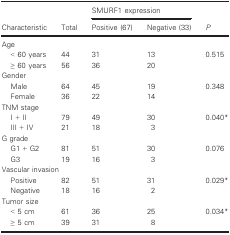
<table><thead><tr><td rowspan="2"><b>Characteristic</b></td><td rowspan="2"><b>Total</b></td><td colspan="2"><b>SMURF1 expression</b></td><td rowspan="2"><b><i>P</i></b></td></tr><tr><td><b>Positive (67)</b></td><td><b>Negative (33)</b></td></tr></thead><tbody><tr><td colspan="5">Age</td></tr><tr><td>&lt; 60 years</td><td>44</td><td>31</td><td>13</td><td rowspan="2">0.515</td></tr><tr><td>≥ 60 years</td><td>56</td><td>36</td><td>20</td></tr><tr><td colspan="5">Gender</td></tr><tr><td>Male</td><td>64</td><td>45</td><td>19</td><td rowspan="2">0.348</td></tr><tr><td>Female</td><td>36</td><td>22</td><td>14</td></tr><tr><td colspan="5">TNM stage</td></tr><tr><td>I + II</td><td>79</td><td>49</td><td>30</td><td rowspan="2">0.040a</td></tr><tr><td>III + IV</td><td>21</td><td>18</td><td>3</td></tr><tr><td colspan="5">G grade</td></tr><tr><td>G1 + G2</td><td>81</td><td>51</td><td>30</td><td rowspan="2">0.076</td></tr><tr><td>G3</td><td>19</td><td>16</td><td>3</td></tr><tr><td colspan="5">Vascular invasion</td></tr><tr><td>Positive</td><td>82</td><td>51</td><td>31</td><td rowspan="2">0.029a</td></tr><tr><td>Negative</td><td>18</td><td>16</td><td>2</td></tr><tr><td colspan="5">Tumor size</td></tr><tr><td>&lt; 5 cm</td><td>61</td><td>36</td><td>25</td><td rowspan="2">0.034a</td></tr><tr><td>≥ 5 cm</td><td>39</td><td>31</td><td>8</td></tr></tbody></table>